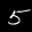
Label: 5